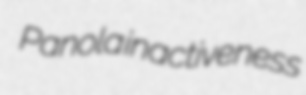
Panola inactiveness